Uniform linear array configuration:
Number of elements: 8
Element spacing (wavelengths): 0.25
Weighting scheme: blackman
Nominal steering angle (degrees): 45
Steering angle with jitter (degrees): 46.067
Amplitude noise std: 0.05
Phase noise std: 0.05

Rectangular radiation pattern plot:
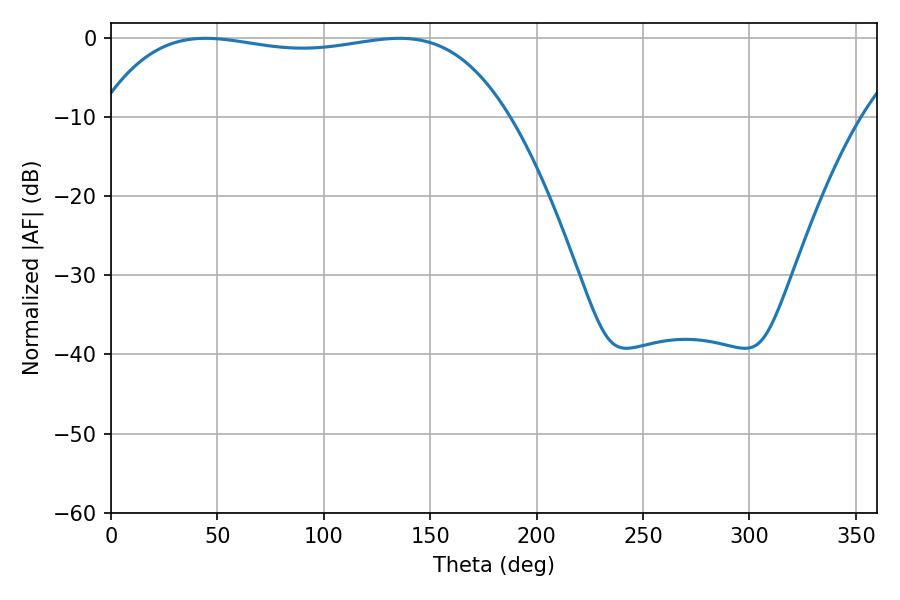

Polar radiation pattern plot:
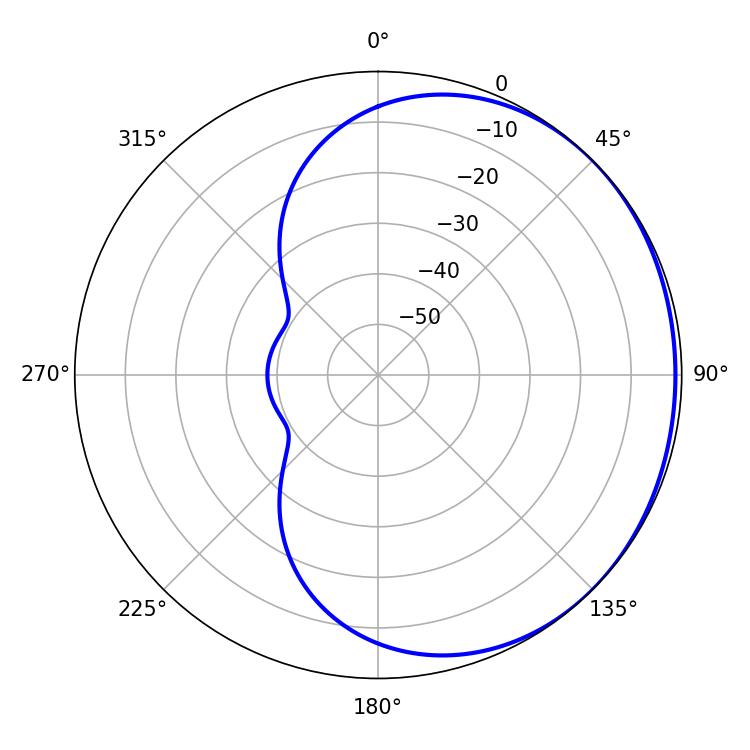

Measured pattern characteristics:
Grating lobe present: FALSE
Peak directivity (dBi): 0.7484
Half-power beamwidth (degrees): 153
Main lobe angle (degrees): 44.46